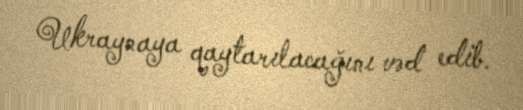
Ukraynaya qaytarılacağını vəd edib.